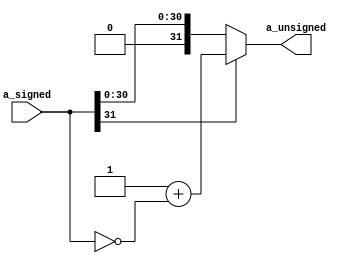
// Telecommunications Master Dissertation - Francis Fuentes 23-10-2020
//*******************************
//** Signed to Unsigned module **
//*******************************
// Signed-to-Unsigned (input).
// Change to positive only if negative.

module Signed2Unsigned(a_signed, a_unsigned);
input  [31:0] a_signed;
output [31:0] a_unsigned;

assign a_unsigned = (a_signed[31] ? (1 + ~a_signed) 
                                  : a_signed);

endmodule